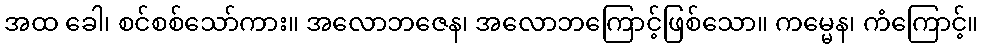
အထ ခေါ၊ စင်စစ်သော်ကား။ အလောဘဇေန၊ အလောဘကြောင့်ဖြစ်သော။ ကမ္မေန၊ ကံကြောင့်။